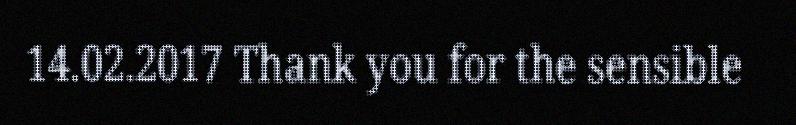
14.02.2017 Thank you for the sensible